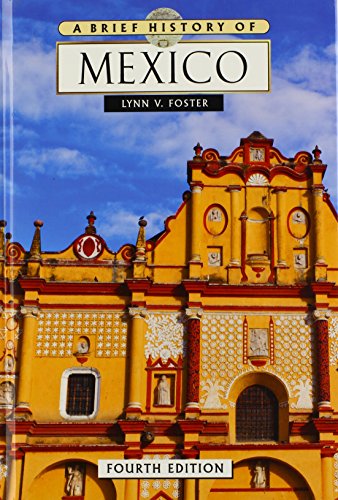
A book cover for A Brief History of Mexico; Lynn V. Foster; Children's Books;